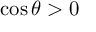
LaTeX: \cos \theta > 0